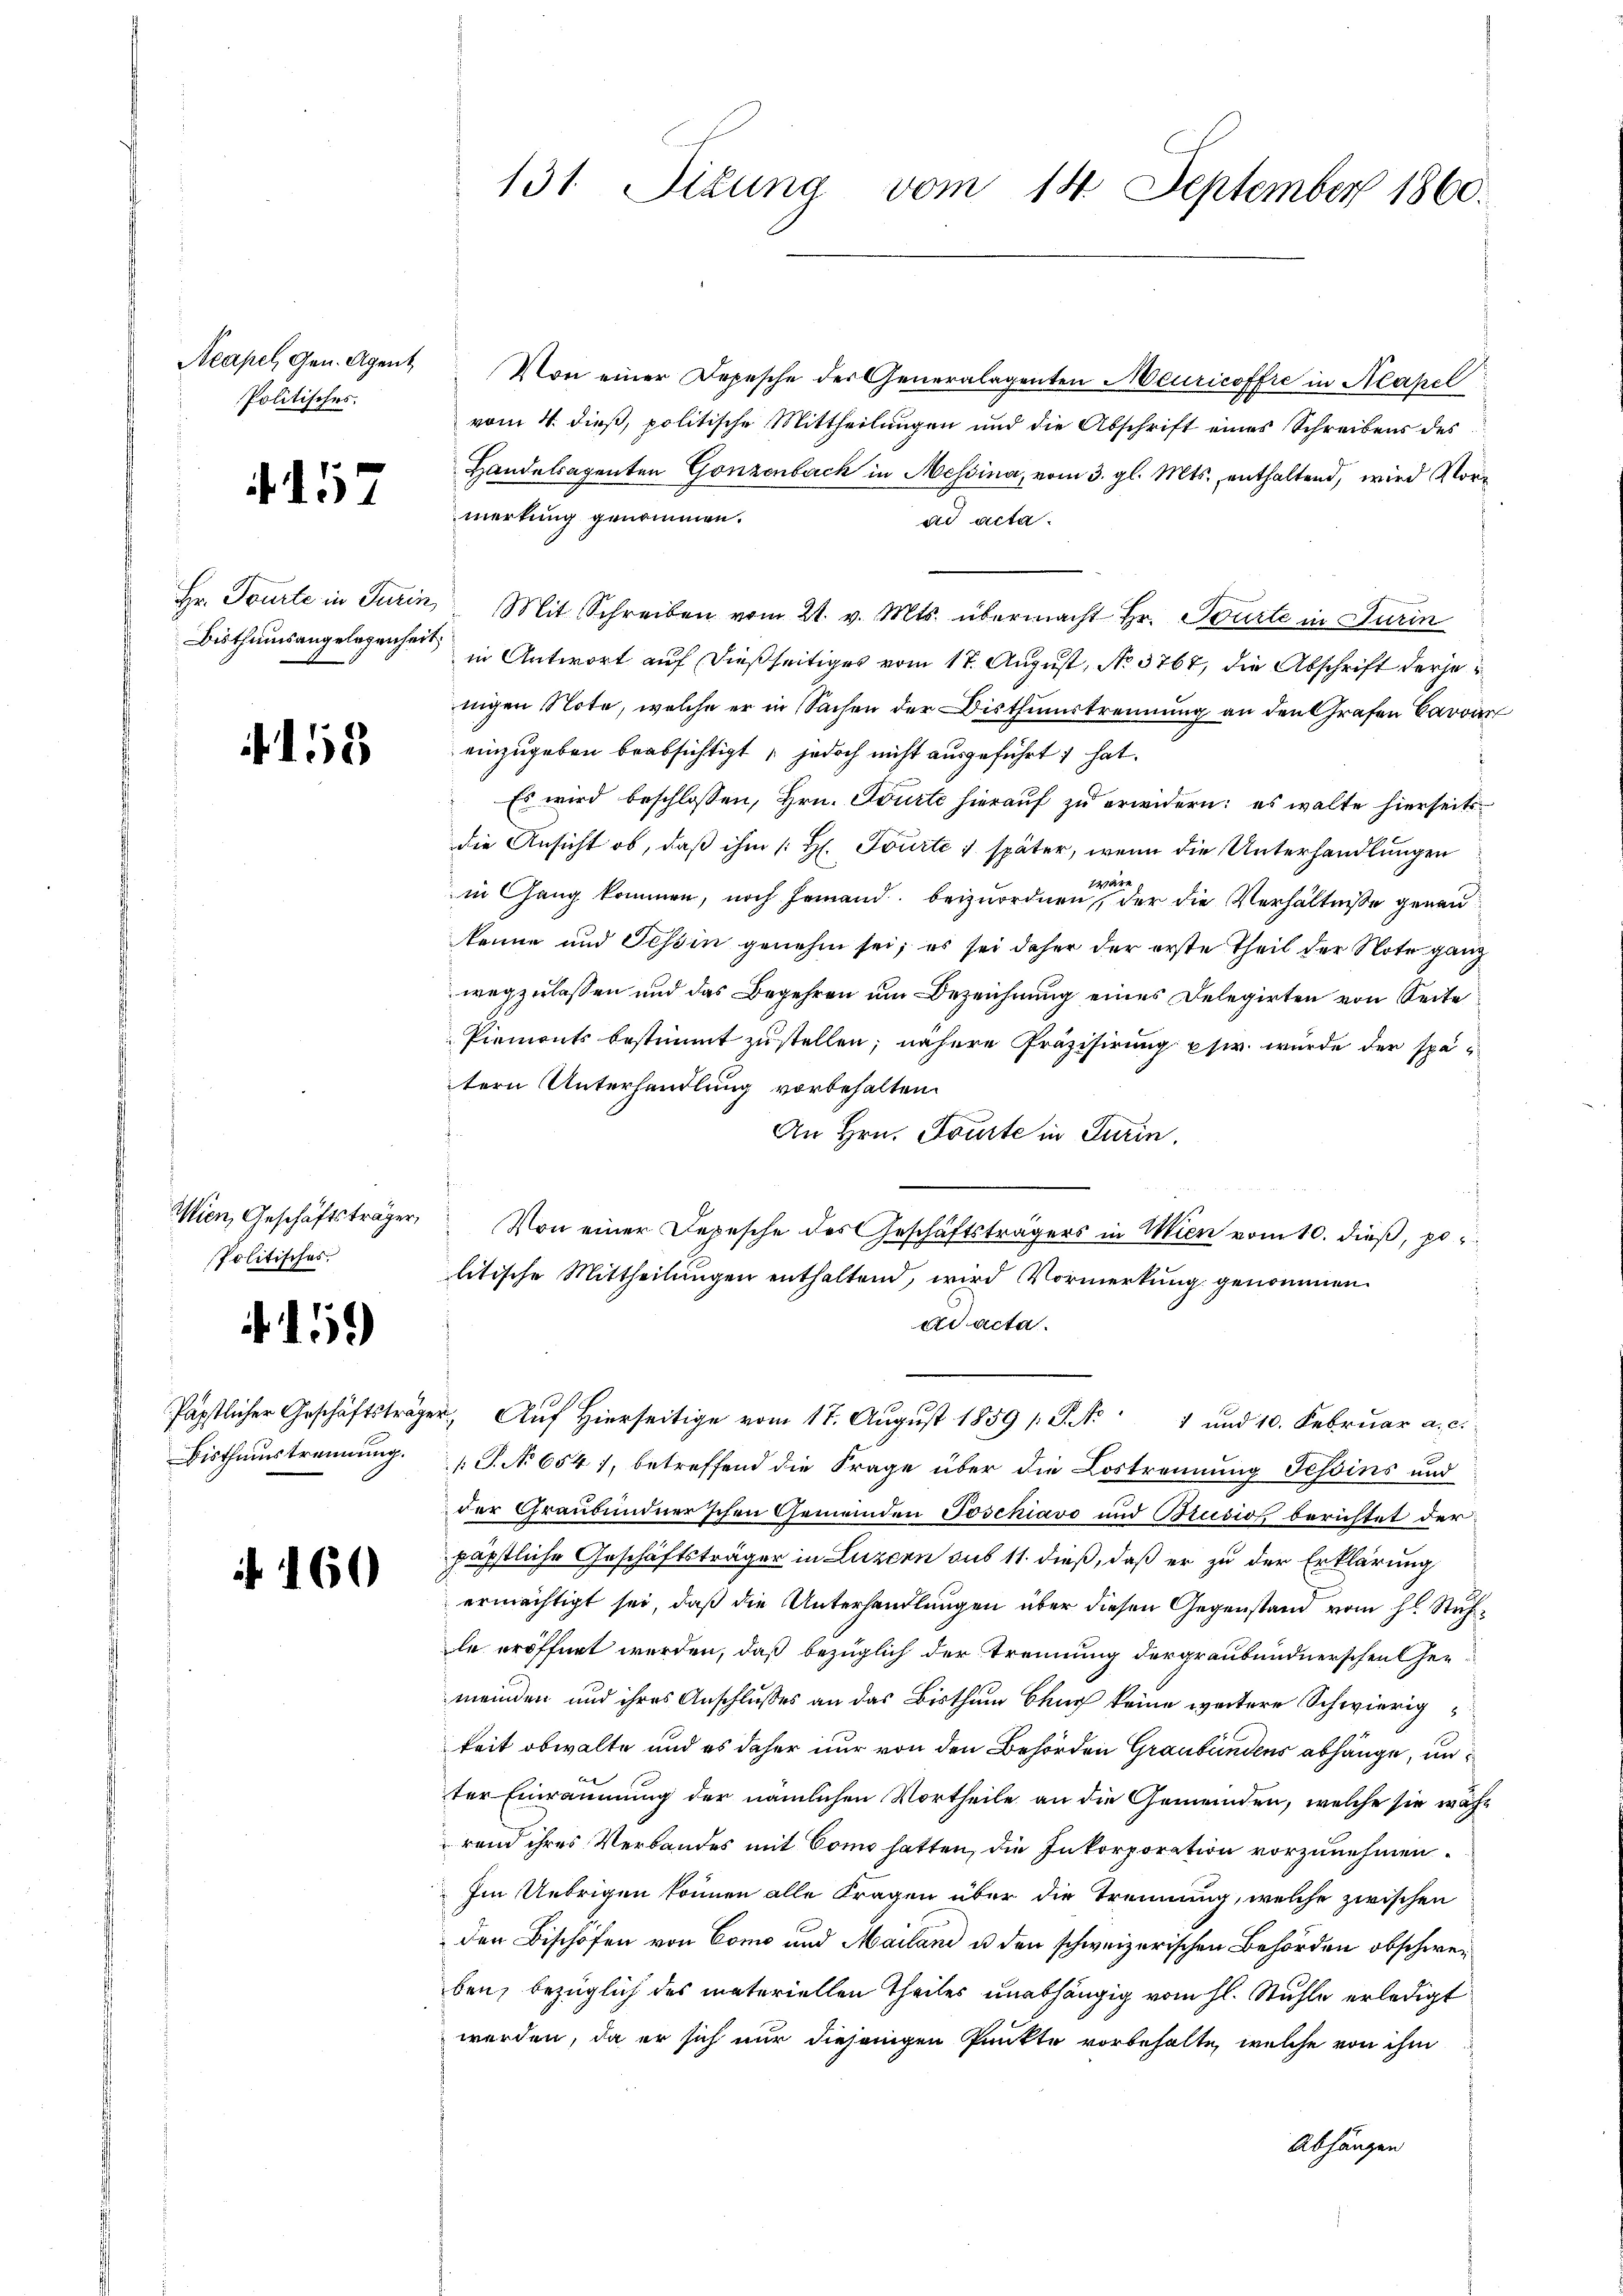
Acapel, Gen. Agent
Politisches.

4. 157

Hr. Tourte in Turin,
Bisthumsangelegenheit

1

Wien, Geschäftsträger,
Politisches.

)

Päpstlicher Geschäftsträge
Bisthumstrennung.

160

131. Situng vom 14. September 1860.

Von einer Depesche der Generalagenten Meuricoffre in Kapel
vom 4. dieß, politische Mittheilungen und die Abschrift eines Schreibens des
Handelsagenten Gonzenbach in Messina, vom 3. gl. Mts. enthaltend, wird Vormerkung genommen.
ad acta.
Mit Schreiben vom 21. v. Mts. übermacht Hr. Tourte in Turin
in Antwort auf dießseitiges vom 17. August, No. 3767, die Abschrift derjenigen Note, welche er in Sachen der Bisthumstrennung an den Grafen Caro
einzugeben beabsichtigt, jedoch nicht ausgeführt hat.
Es wird beschlossen, Hrn. Tourte hierauf zu erwidern: es walte hierseits
die Ansicht ob, daß ihm /: H. Tourtei später, wenn die Unterhandlungen
4are
in Gang kommen, noch jemand beizuordnen, der die Verhältnisse genau
könne und Tessin genehm sei; es sei daher der erste Theil der Note ganz
wegzulassen und das Begehren um Bezeichnung eines Delegirten von Seite
Piemonts bestimmt zustellen; nähere Präzisirung phir wurde der spätern Unterhandlung vorbehalten.
An Hrn. Tourte in Turin.
Von einer Depesche des Geschäftsträgers in Wien vom 10. dieß, po
litische Mittheilungen enthaltend, wird Vormerkung genommen.
ad acta.
 Auf Hierseitige vom 17. August 1859 /: P. No 1 und 10. Februar a. c.
 P. No 654), betreffend die Frage über die Lostrennung Tessins und
der Graubündnerschen Gemeinden Joschiavo und Brusio berichtet der
päpstliche Geschäftsträger in Luzern aus 11. dieß, daß er zu der Erklärung
ermächtigt sei, daß die Unterhandlungen über diesen Gegenstand vom h. Stuhle eröffnet werden, daß bezüglich der Trennung der graubündnerschen Gemeinden und ihres Anschlusses an das Bisthum Bauch keine weitere Schwierigkeit obwalte und es daher nur von den Behörden Graubündens abhänge, unter Einräumung der nämlichen Vortheile an die Gemeinden, welche sie wachrend ihres Verbandes mit Como hatten, die Inkorporation vorzunehmen.
Im Uebrigen können alle Fragen über die Trennung, welche zwischen
den Bischofen von Como und Mailand u den schweizerischen Behörden obschweben, bezüglich des materiellen Theiles unabhängig vom hl. Stühle erledigt
werden, da er sich nur diejenigen Punkte vorbehalte, welche von ihm
Abhängen